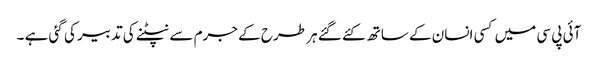
آئی پی سی میں کسی انسان کے ساتھ کئے گئے ہر طرح کے جرم سے نپٹنے کی تدبیر کی گئی ہے ۔